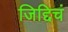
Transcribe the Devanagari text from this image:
जिद्दिचं